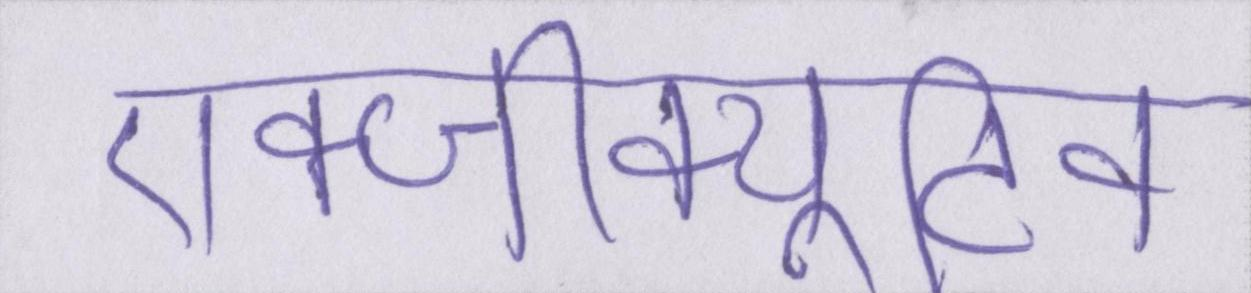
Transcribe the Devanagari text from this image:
एक्जीक्यूटिव